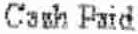
CASH PAID